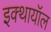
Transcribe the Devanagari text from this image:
इक्थायॉल